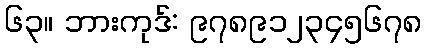
၆၃။ ဘားကုဒ်: ၉၇၈၉၁၂၃၄၅၆၇၈